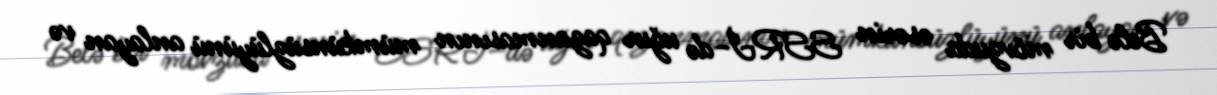
Belə bir mövzuda əsərin SSRİ–də uğur qazanmasının mümkünsüzlüyünü anlayan və